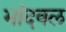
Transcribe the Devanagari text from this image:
भांदवल